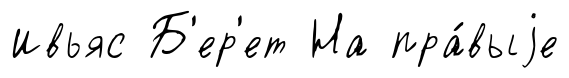
Ивьяс Б'ер'ет На пра́выjе